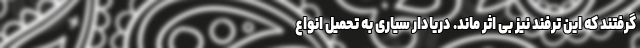
گرفتند که این ترفند نیز بی اثر ماند. دریادار سیاری به تحمیل انواع